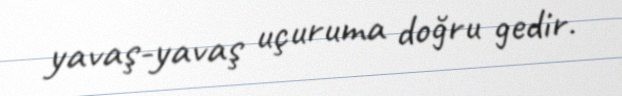
yavaş-yavaş uçuruma doğru gedir.